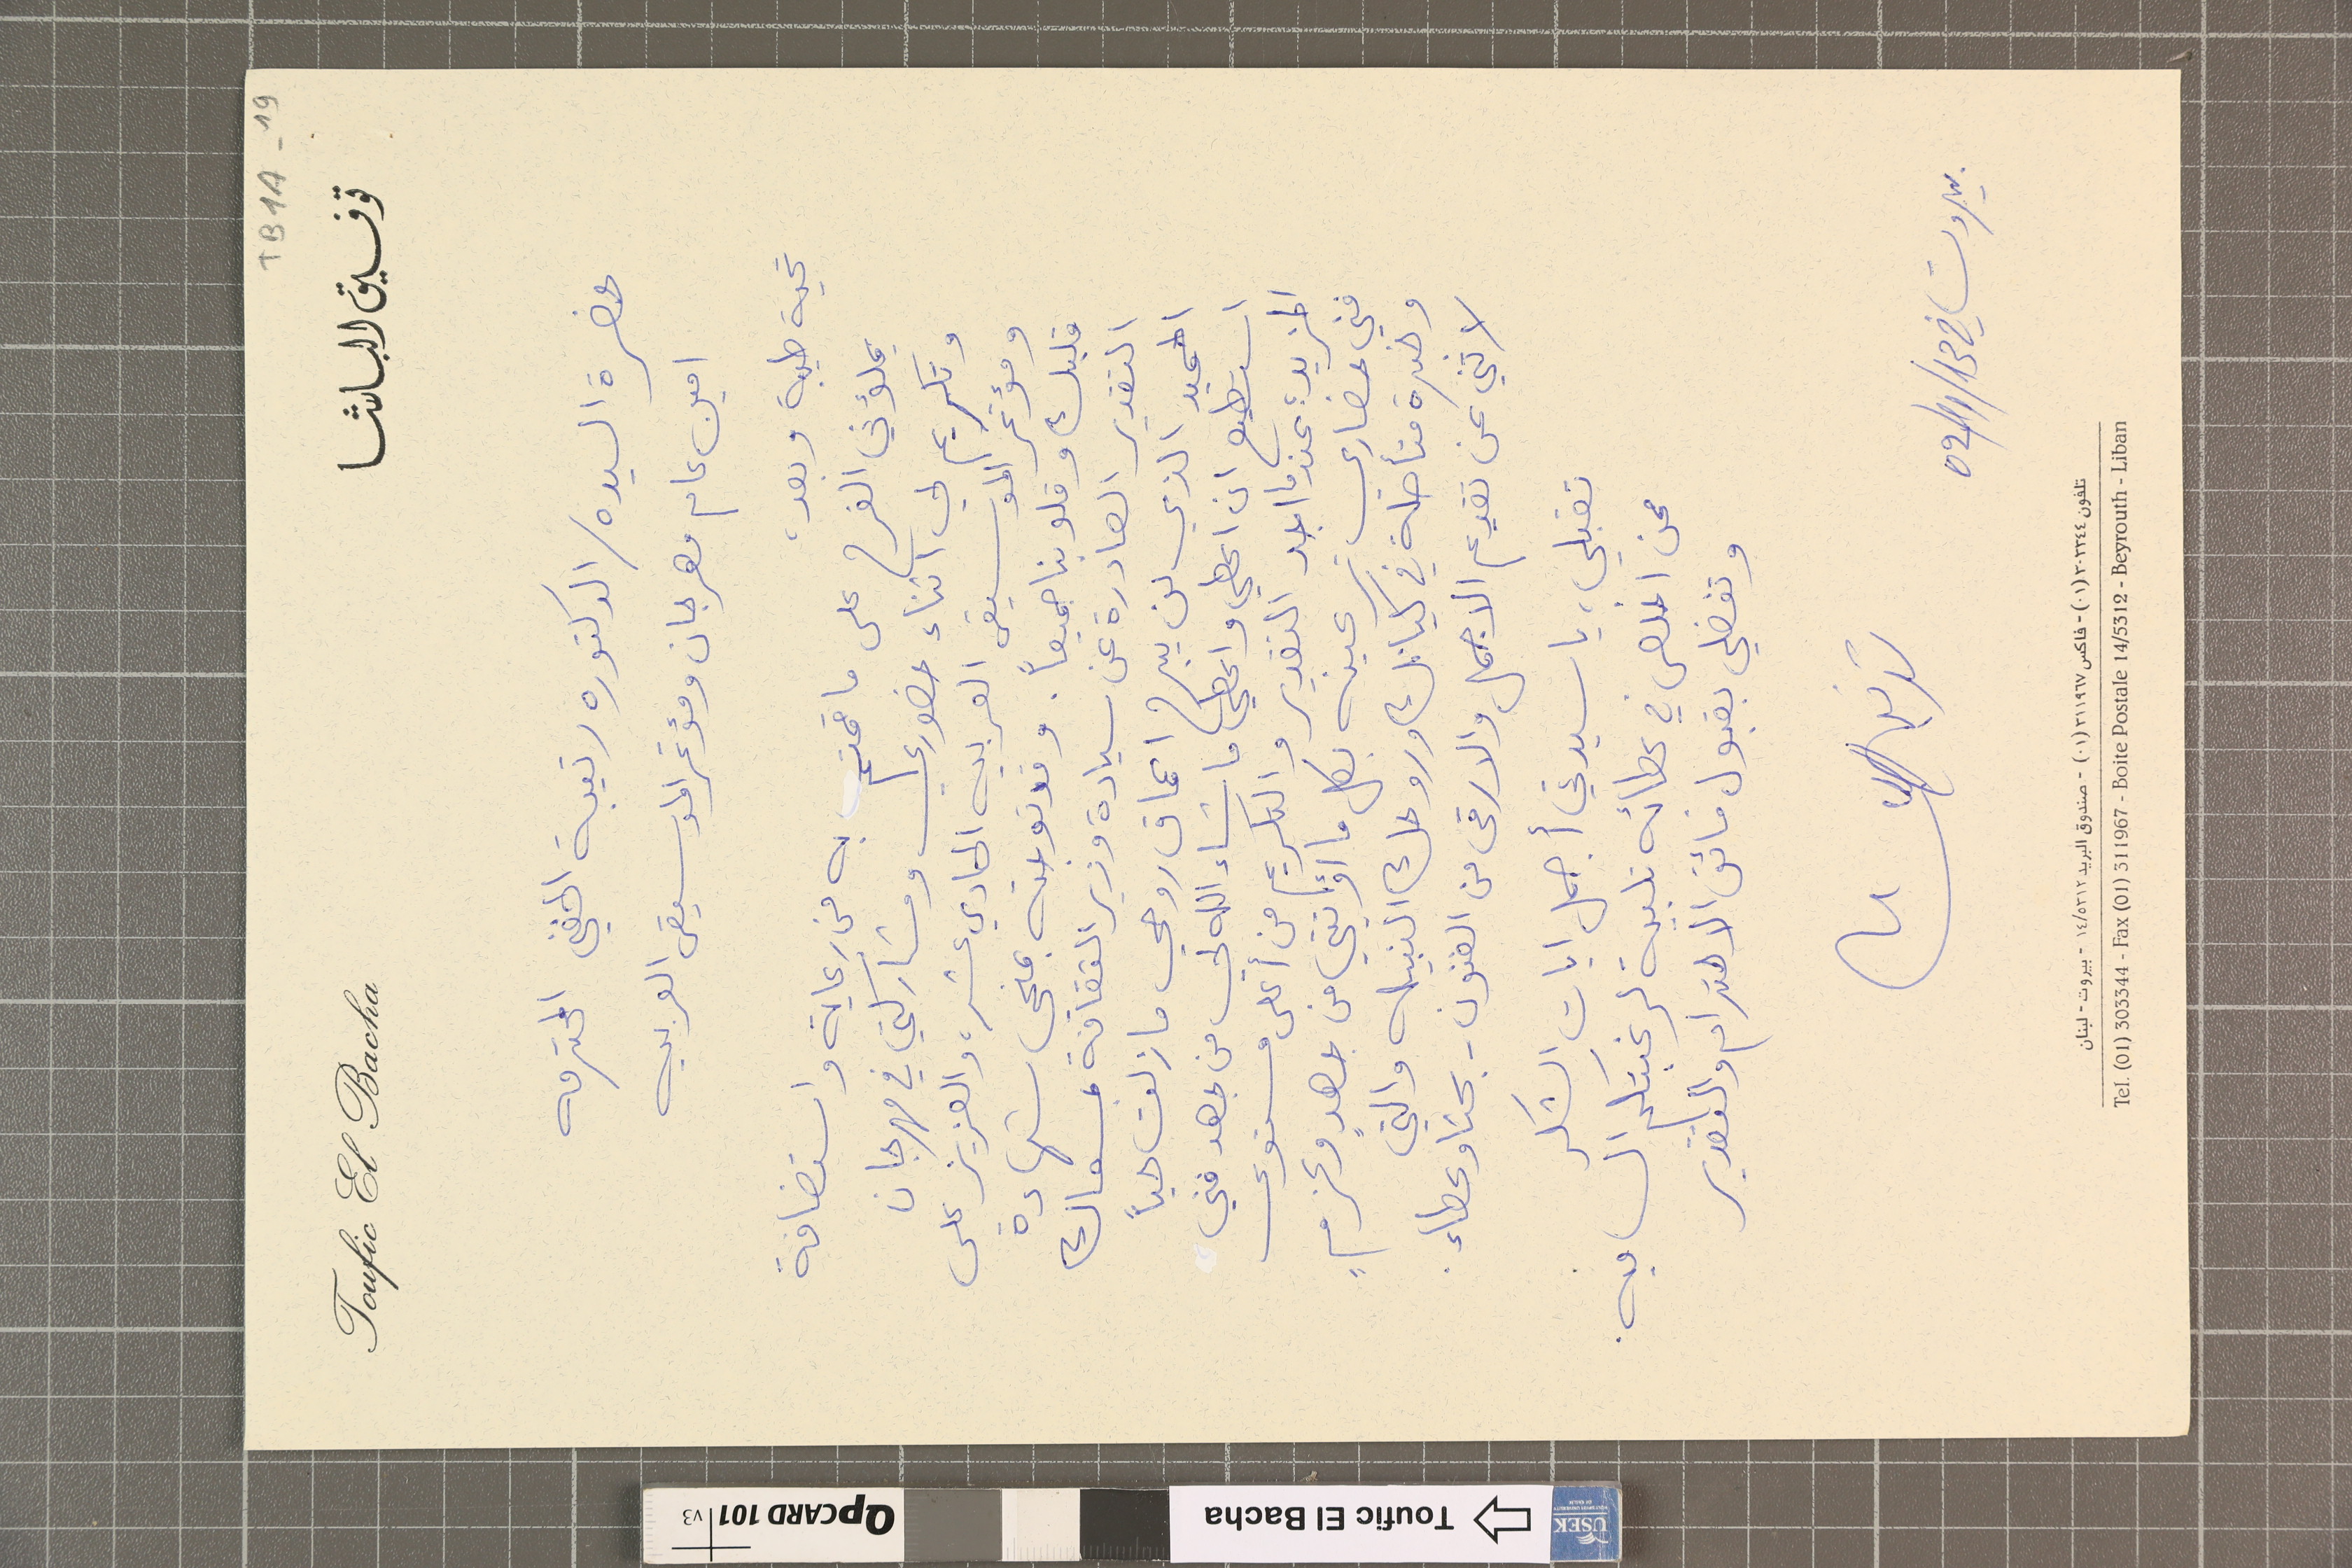
TB1A-19
توفيق الباشا				Toufic El Bacha
حضرة السيده / الدكتوره رتيبة الحنفي المحترمه
امين عام مهرجان ومؤتمر الموسيقى العربيه
تحية طيبة وبعد،
يملؤني الفرح على ما قمتم به من رعاية واستضافة
وتكريم لي اثناء حضوري ومشاركتي في مهرجان
ومؤتمر الموسيقى العربيه الحادي عشر، والعزيز على
قلبك وقلوبنا جميعاً. وقد توجته بمنحي شهادة
التقدير الصادرة عن سيادة وزير الثقافة بمسعاك
الحميد الذي لن يبرح اعماق روحي ما زلت حياً
استطيع ان اعطي واعطي ما شاء الله لي من جهد فني
المزيد ؛ عندما اجد التقدير والتكريم من أعلى مستوى
فني حضاري ترعينه بكل ما اؤتيتي من جهدٍ وعزمٍ
وخبرة متأصلة في كيانك وروحك النبيله والتي
لا ثني عن تقديم الاجمل والارقى من الفنون - بحثا وعطاء.
تقبلي، يا سيدتي أجمل ايات الشكر
ممن اخلص في عطائه تلبية لرغبتكم الساميه.
وتفضلي بقبول فائق الاحترام والتقدير
توفيق الباشا
بيروت في 31/11/20
تلفون ٣٠٣٣٤٤(٠١) - فاكس ٣١١٩٦٧(٠١) - صندوق البريد ٥٣١٢/١٤ - بيروت - لبنان
Tel. (01) 303344 - Fax (01) 311967 - Boite Postale 14/5312 - Beyrouth - Liban